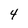
Character: 4